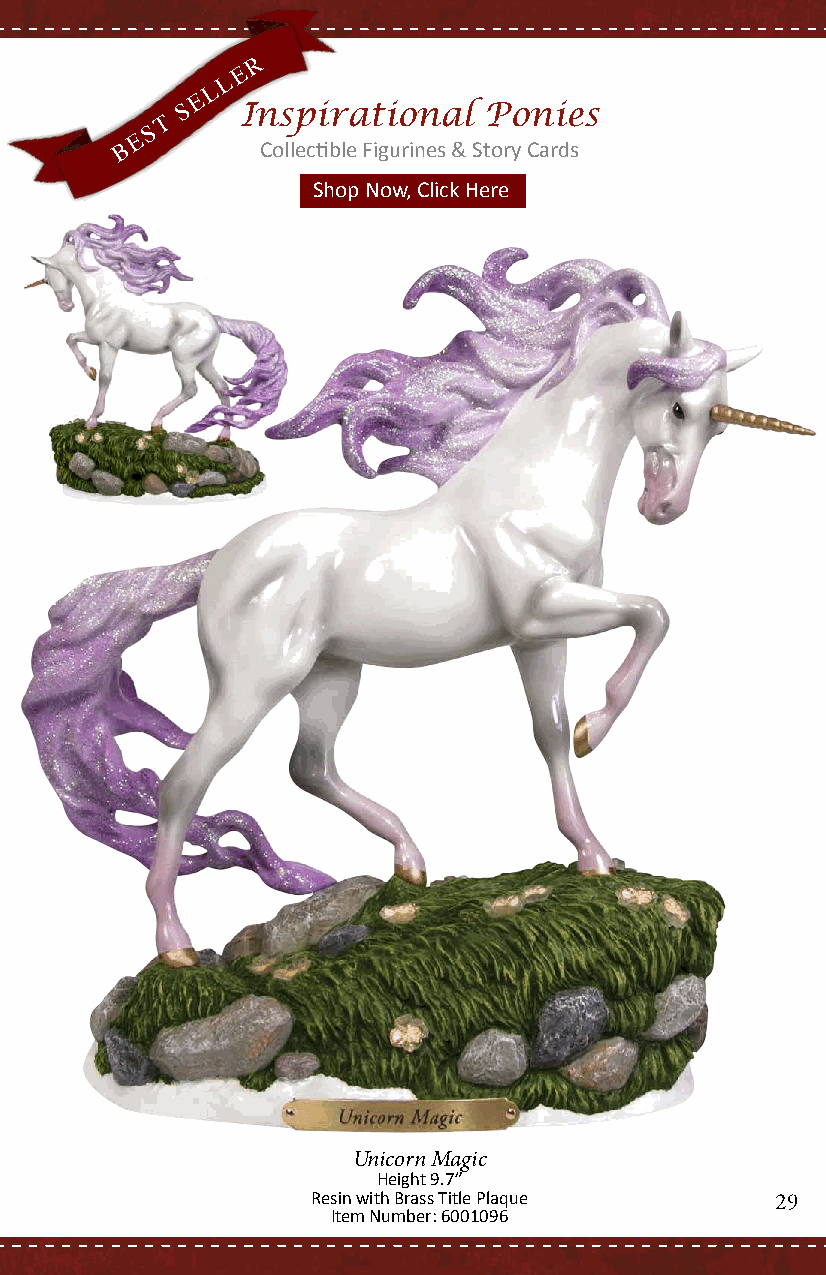
R
 E
 L
 L
 E
 S   Inspirational   Ponies
 T
 S
 E
 B        Collectible Figurines & Story Cards
 Shop Now, Click Here
 Unicorn Magic
 Height 9.7”
 Resin with Brass Title Plaque 29
 Item Number: 6001096